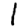
Digit: 1